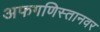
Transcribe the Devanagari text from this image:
अफगणिस्तानवर